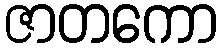
ဇာတကော